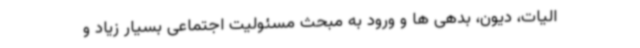
الیات، دیون، بدهی ها و ورود به مبحث مسئولیت اجتماعی بسیار زیاد و